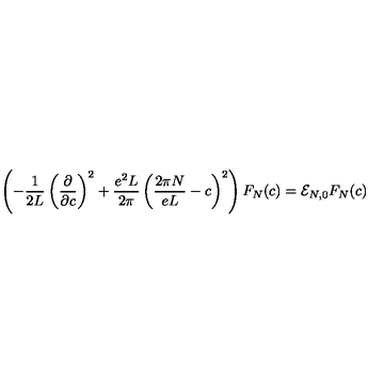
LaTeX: \left( - \frac { 1 } { 2 L } \left( \frac { \partial } { \partial c } \right) ^ { 2 } + \frac { e ^ { 2 } L } { 2 \pi } \left( \frac { 2 \pi N } { e L } - c \right) ^ { 2 } \right) F _ { N } ( c ) = { \cal E } _ { N , 0 } F _ { N } ( c )